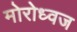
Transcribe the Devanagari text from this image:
मोरोध्‍वज